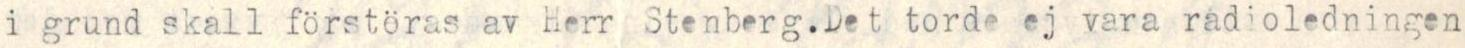
i grund skall förstöras av Herr Stenberg.Det torde ej vara radioledningen